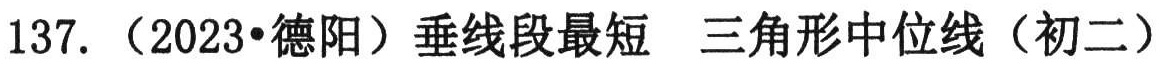
137.（2023•德阳）垂线段最短  三角形中位线（初二）